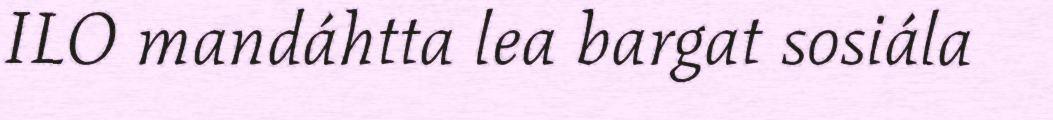
ILO mandáhtta lea bargat sosiála